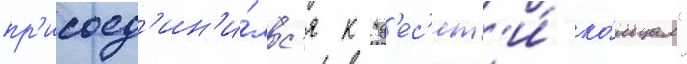
пр'исоед'ин'и́лс'я к "д'ес'ят'и́ ко́льцам"